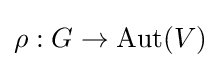
\rho :G\rightarrow {\mbox{Aut}}(V)